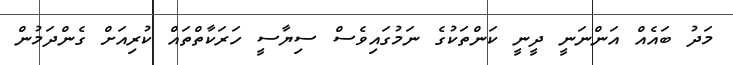
މަދު ބައެއް އަންނަނީ ދީނީ ކަންތަކުގެ ނަމުގައިވެސް ސިޔާސީ ހަރަކާތްތައް ކުރިއަށް ގެންދަމުން